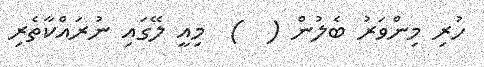
ހުރި މިންވަރު ބެލުން (  )  މިއީ ލޭގައި ނުރައްކާތެރި